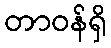
တာဝန်ရှိ